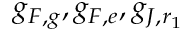
g _ { F , g } , g _ { F , e } , g _ { J , r _ { 1 } }